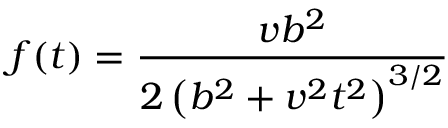
f ( t ) = \frac { v b ^ { 2 } } { 2 \left( b ^ { 2 } + v ^ { 2 } t ^ { 2 } \right) ^ { 3 / 2 } }